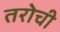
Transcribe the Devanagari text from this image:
तरोची